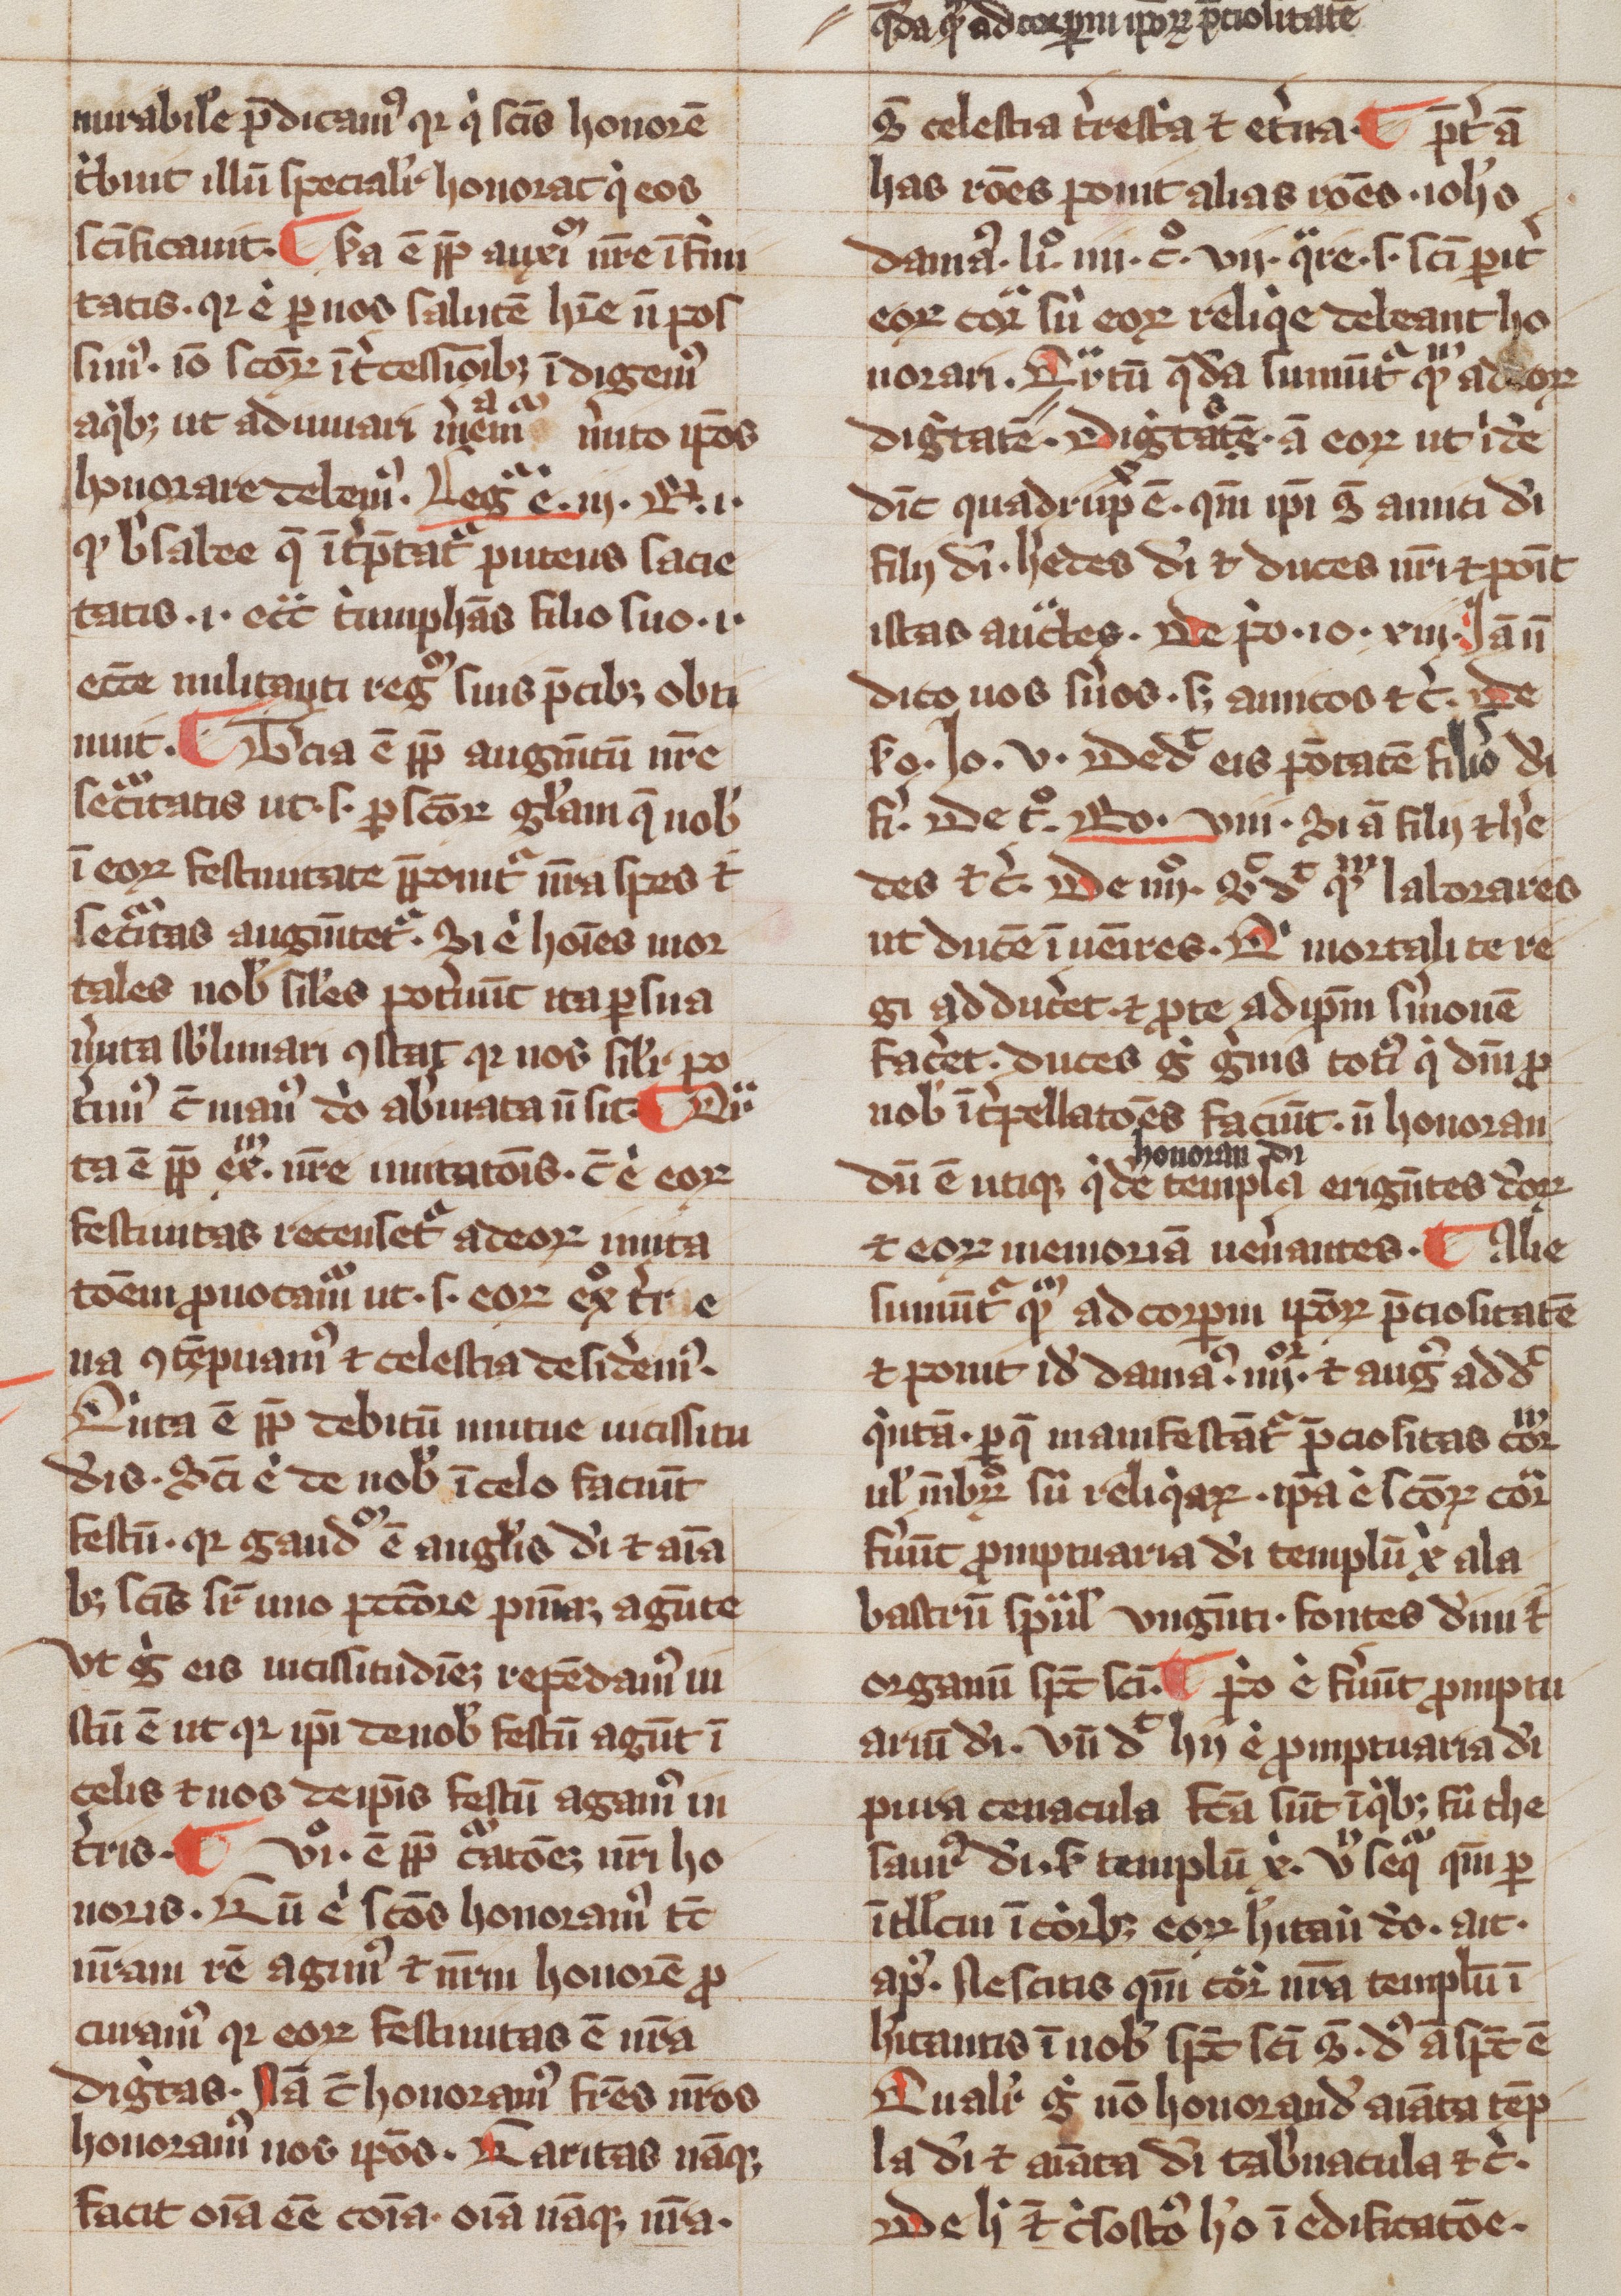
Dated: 1300–1399